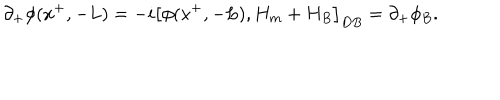
\partial _ { + } \phi ( x ^ { + } , - L ) = - i \left[ \phi ( x ^ { + } , - L ) , H _ { m } + H _ { B } \right] _ { D B } = \partial _ { + } \phi _ { B } .